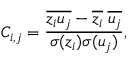
C _ { i , j } = \frac { \overline { { z _ { i } u _ { j } } } - \overline { { z _ { i } } } \; \overline { { u _ { j } } } } { \sigma ( z _ { i } ) \sigma ( u _ { j } ) } ,